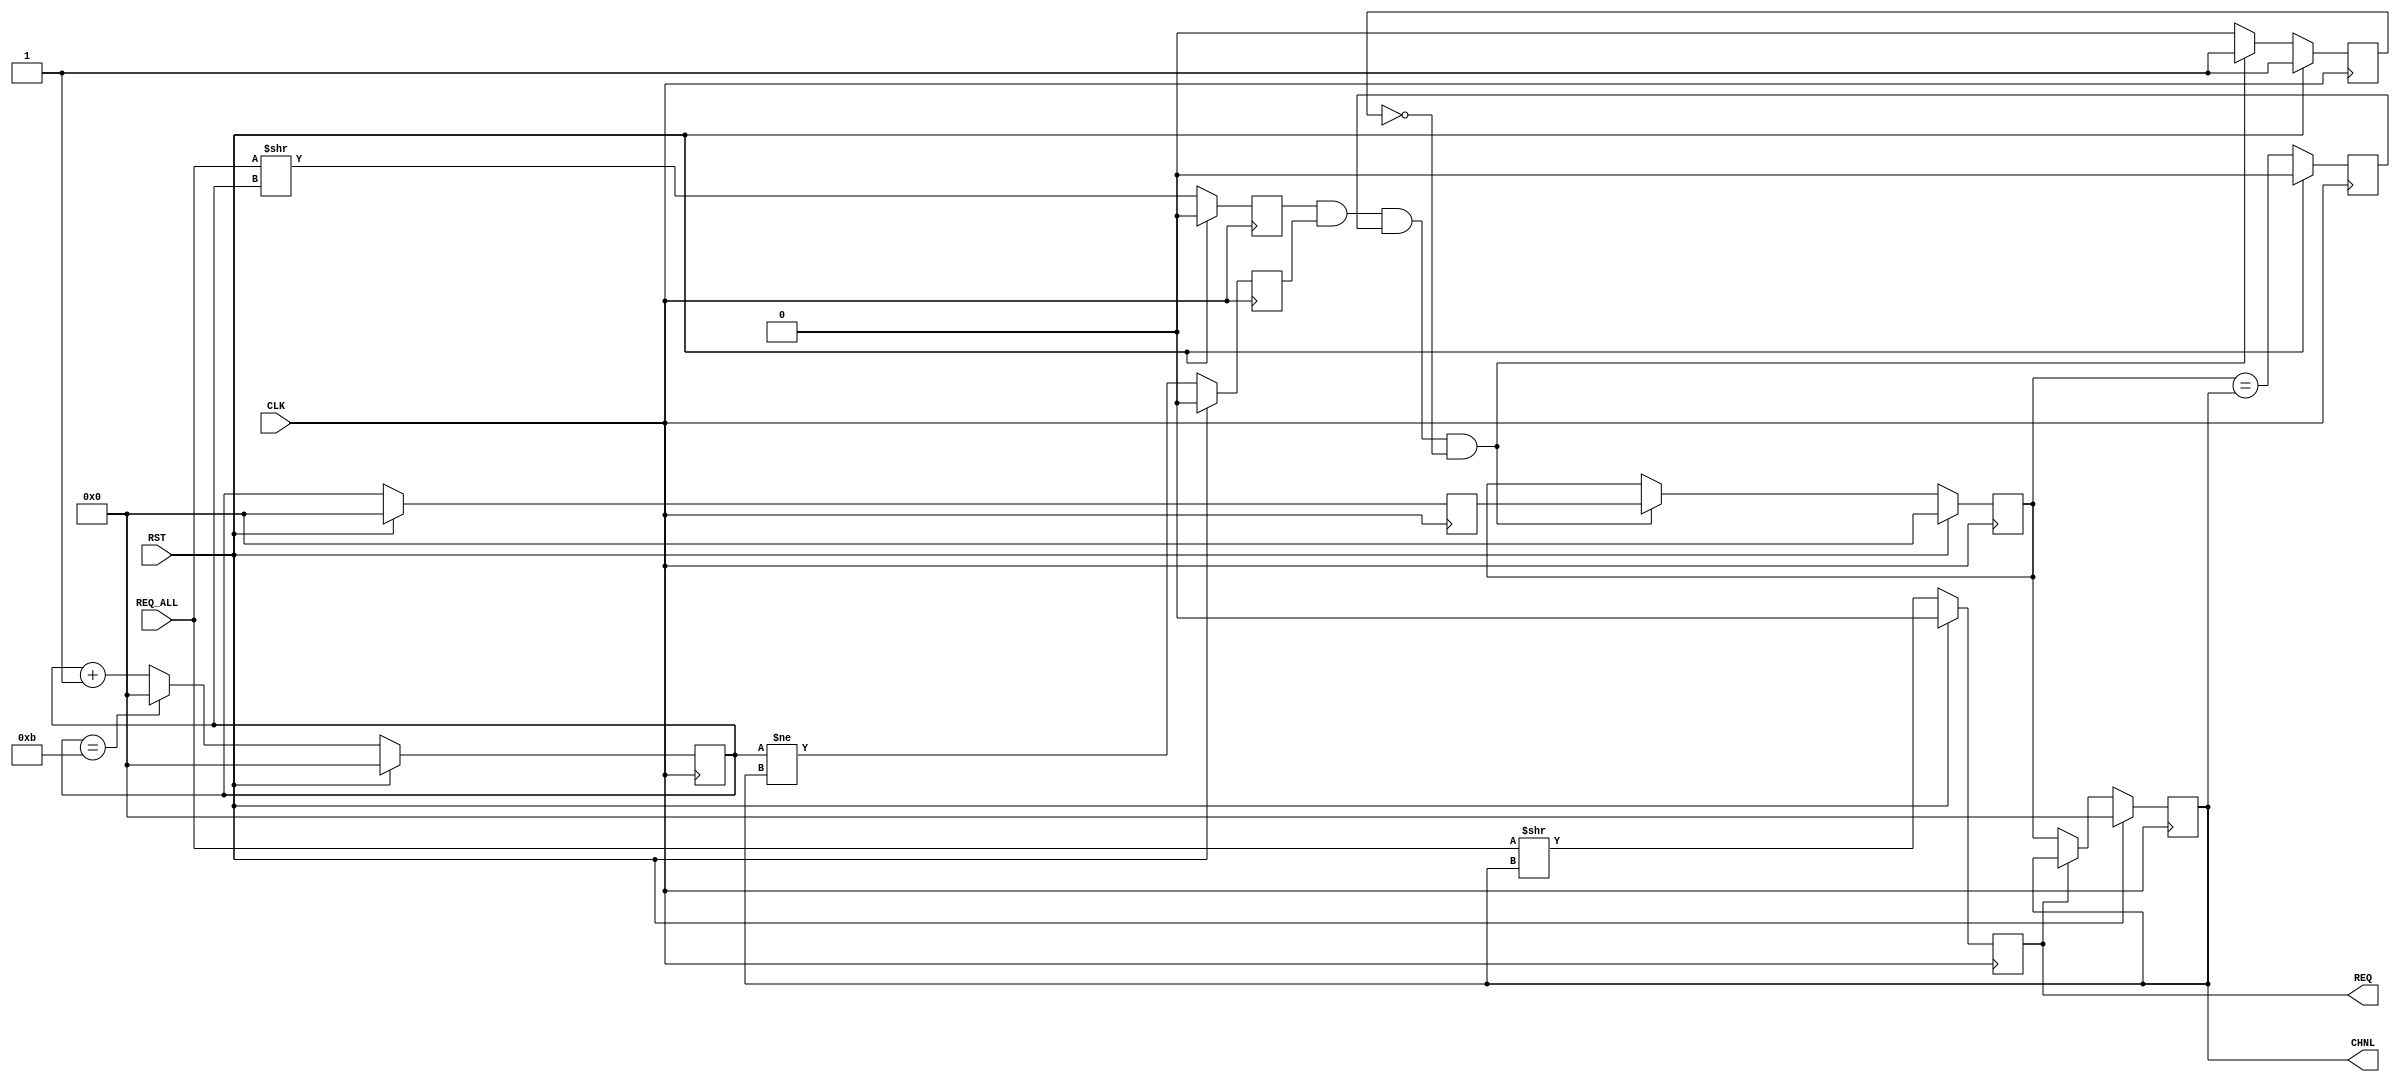
`timescale 1ns/1ns
//----------------------------------------------------------------------------
// This software is Copyright  2012 The Regents of the University of 
// California. All Rights Reserved.
//
// Permission to copy, modify, and distribute this software and its 
// documentation for educational, research and non-profit purposes, without 
// fee, and without a written agreement is hereby granted, provided that the 
// above copyright notice, this paragraph and the following three paragraphs 
// appear in all copies.
//
// Permission to make commercial use of this software may be obtained by 
// contacting:
// Technology Transfer Office
// 9500 Gilman Drive, Mail Code 0910
// University of California
// La Jolla, CA 92093-0910
// (858) 534-5815
// invent@ucsd.edu
// 
// This software program and documentation are copyrighted by The Regents of 
// the University of California. The software program and documentation are 
// supplied "as is", without any accompanying services from The Regents. The 
// Regents does not warrant that the operation of the program will be 
// uninterrupted or error-free. The end-user understands that the program was 
// developed for research purposes and is advised not to rely exclusively on 
// the program for any reason.
// 
// IN NO EVENT SHALL THE UNIVERSITY OF CALIFORNIA BE LIABLE TO
// ANY PARTY FOR DIRECT, INDIRECT, SPECIAL, INCIDENTAL, OR
// CONSEQUENTIAL DAMAGES, INCLUDING LOST PROFITS, ARISING
// OUT OF THE USE OF THIS SOFTWARE AND ITS DOCUMENTATION,
// EVEN IF THE UNIVERSITY OF CALIFORNIA HAS BEEN ADVISED OF
// THE POSSIBILITY OF SUCH DAMAGE. THE UNIVERSITY OF
// CALIFORNIA SPECIFICALLY DISCLAIMS ANY WARRANTIES,
// INCLUDING, BUT NOT LIMITED TO, THE IMPLIED WARRANTIES OF
// MERCHANTABILITY AND FITNESS FOR A PARTICULAR PURPOSE.
// THE SOFTWARE PROVIDED HEREUNDER IS ON AN "AS IS" BASIS, 
// AND THE UNIVERSITY OF CALIFORNIA HAS NO OBLIGATIONS TO
// PROVIDE MAINTENANCE, SUPPORT, UPDATES, ENHANCEMENTS, OR
// MODIFICATIONS.
//----------------------------------------------------------------------------
//----------------------------------------------------------------------------
// Version:				1.00.a
// Verilog Standard:	Verilog-2001
// Description:			Searches for read and write requests.
//						PCIe Endpoint core.
// History:				@mattj: Version 2.0
// Additional Comments: 
//-----------------------------------------------------------------------------

module tx_engine_selector #(
	parameter C_NUM_CHNL = 4'd12
)
(
	input CLK,
	input RST,

	input [C_NUM_CHNL-1:0] REQ_ALL,	// Write requests

	output REQ,						// Write request
	output [3:0] CHNL				// Write channel
);

reg		[3:0]						rReqChnl=0, _rReqChnl=0;
reg		[3:0]						rReqChnlNext=0, _rReqChnlNext=0;
reg									rReqChnlsSame=0, _rReqChnlsSame=0;
reg		[3:0]						rChnlNext=0, _rChnlNext=0;
reg		[3:0]						rChnlNextNext=0, _rChnlNextNext=0;
reg									rChnlNextDfrnt=0, _rChnlNextDfrnt=0;
reg									rChnlNextNextOn=0, _rChnlNextNextOn=0;
wire								wChnlNextNextOn = (REQ_ALL>>(rChnlNextNext));
reg									rReq=0, _rReq=0;
wire								wReq = (REQ_ALL>>(rReqChnl));
reg									rReqChnlNextUpdated=0, _rReqChnlNextUpdated=0;


assign REQ = rReq;
assign CHNL = rReqChnl;


// Search for the next request so that we can move onto it immediately after
// the current channel has released its request.
always @ (posedge CLK) begin
	rReq <= #1 (RST ? 1'd0 : _rReq);
	rReqChnl <= #1 (RST ? 4'd0 : _rReqChnl);
	rReqChnlNext <= #1 (RST ? 4'd0 : _rReqChnlNext);
	rChnlNext <= #1 (RST ? 4'd0 : _rChnlNext);
	rChnlNextNext <= #1 (RST ? 4'd0 : _rChnlNextNext);
	rChnlNextDfrnt <= #1 (RST ? 1'd0 : _rChnlNextDfrnt);
	rChnlNextNextOn <= #1 (RST ? 1'd0 : _rChnlNextNextOn);
	rReqChnlsSame <= #1 (RST ? 1'd0 : _rReqChnlsSame);
	rReqChnlNextUpdated <= #1 (RST ? 1'd1 : _rReqChnlNextUpdated);
end

always @ (*) begin
	// Go through each channel (RR), looking for requests
	_rChnlNextNextOn = wChnlNextNextOn;
	_rChnlNext = rChnlNextNext;
	_rChnlNextNext = (rChnlNextNext == C_NUM_CHNL - 1 ? 4'd0 : rChnlNextNext + 1'd1);
	_rChnlNextDfrnt = (rChnlNextNext != rReqChnl);
	_rReqChnlsSame = (rReqChnlNext == rReqChnl);

	// Save ready channel if it is not the same channel we're currently on
	if (rChnlNextNextOn & rChnlNextDfrnt & rReqChnlsSame & !rReqChnlNextUpdated) begin
		_rReqChnlNextUpdated = 1;
		_rReqChnlNext = rChnlNext;
	end
	else begin
		_rReqChnlNextUpdated = 0;
		_rReqChnlNext = rReqChnlNext;
	end
	
	// Assign the new channel
	_rReq = wReq;
	_rReqChnl = (!rReq ? rReqChnlNext : rReqChnl);
end


endmodule